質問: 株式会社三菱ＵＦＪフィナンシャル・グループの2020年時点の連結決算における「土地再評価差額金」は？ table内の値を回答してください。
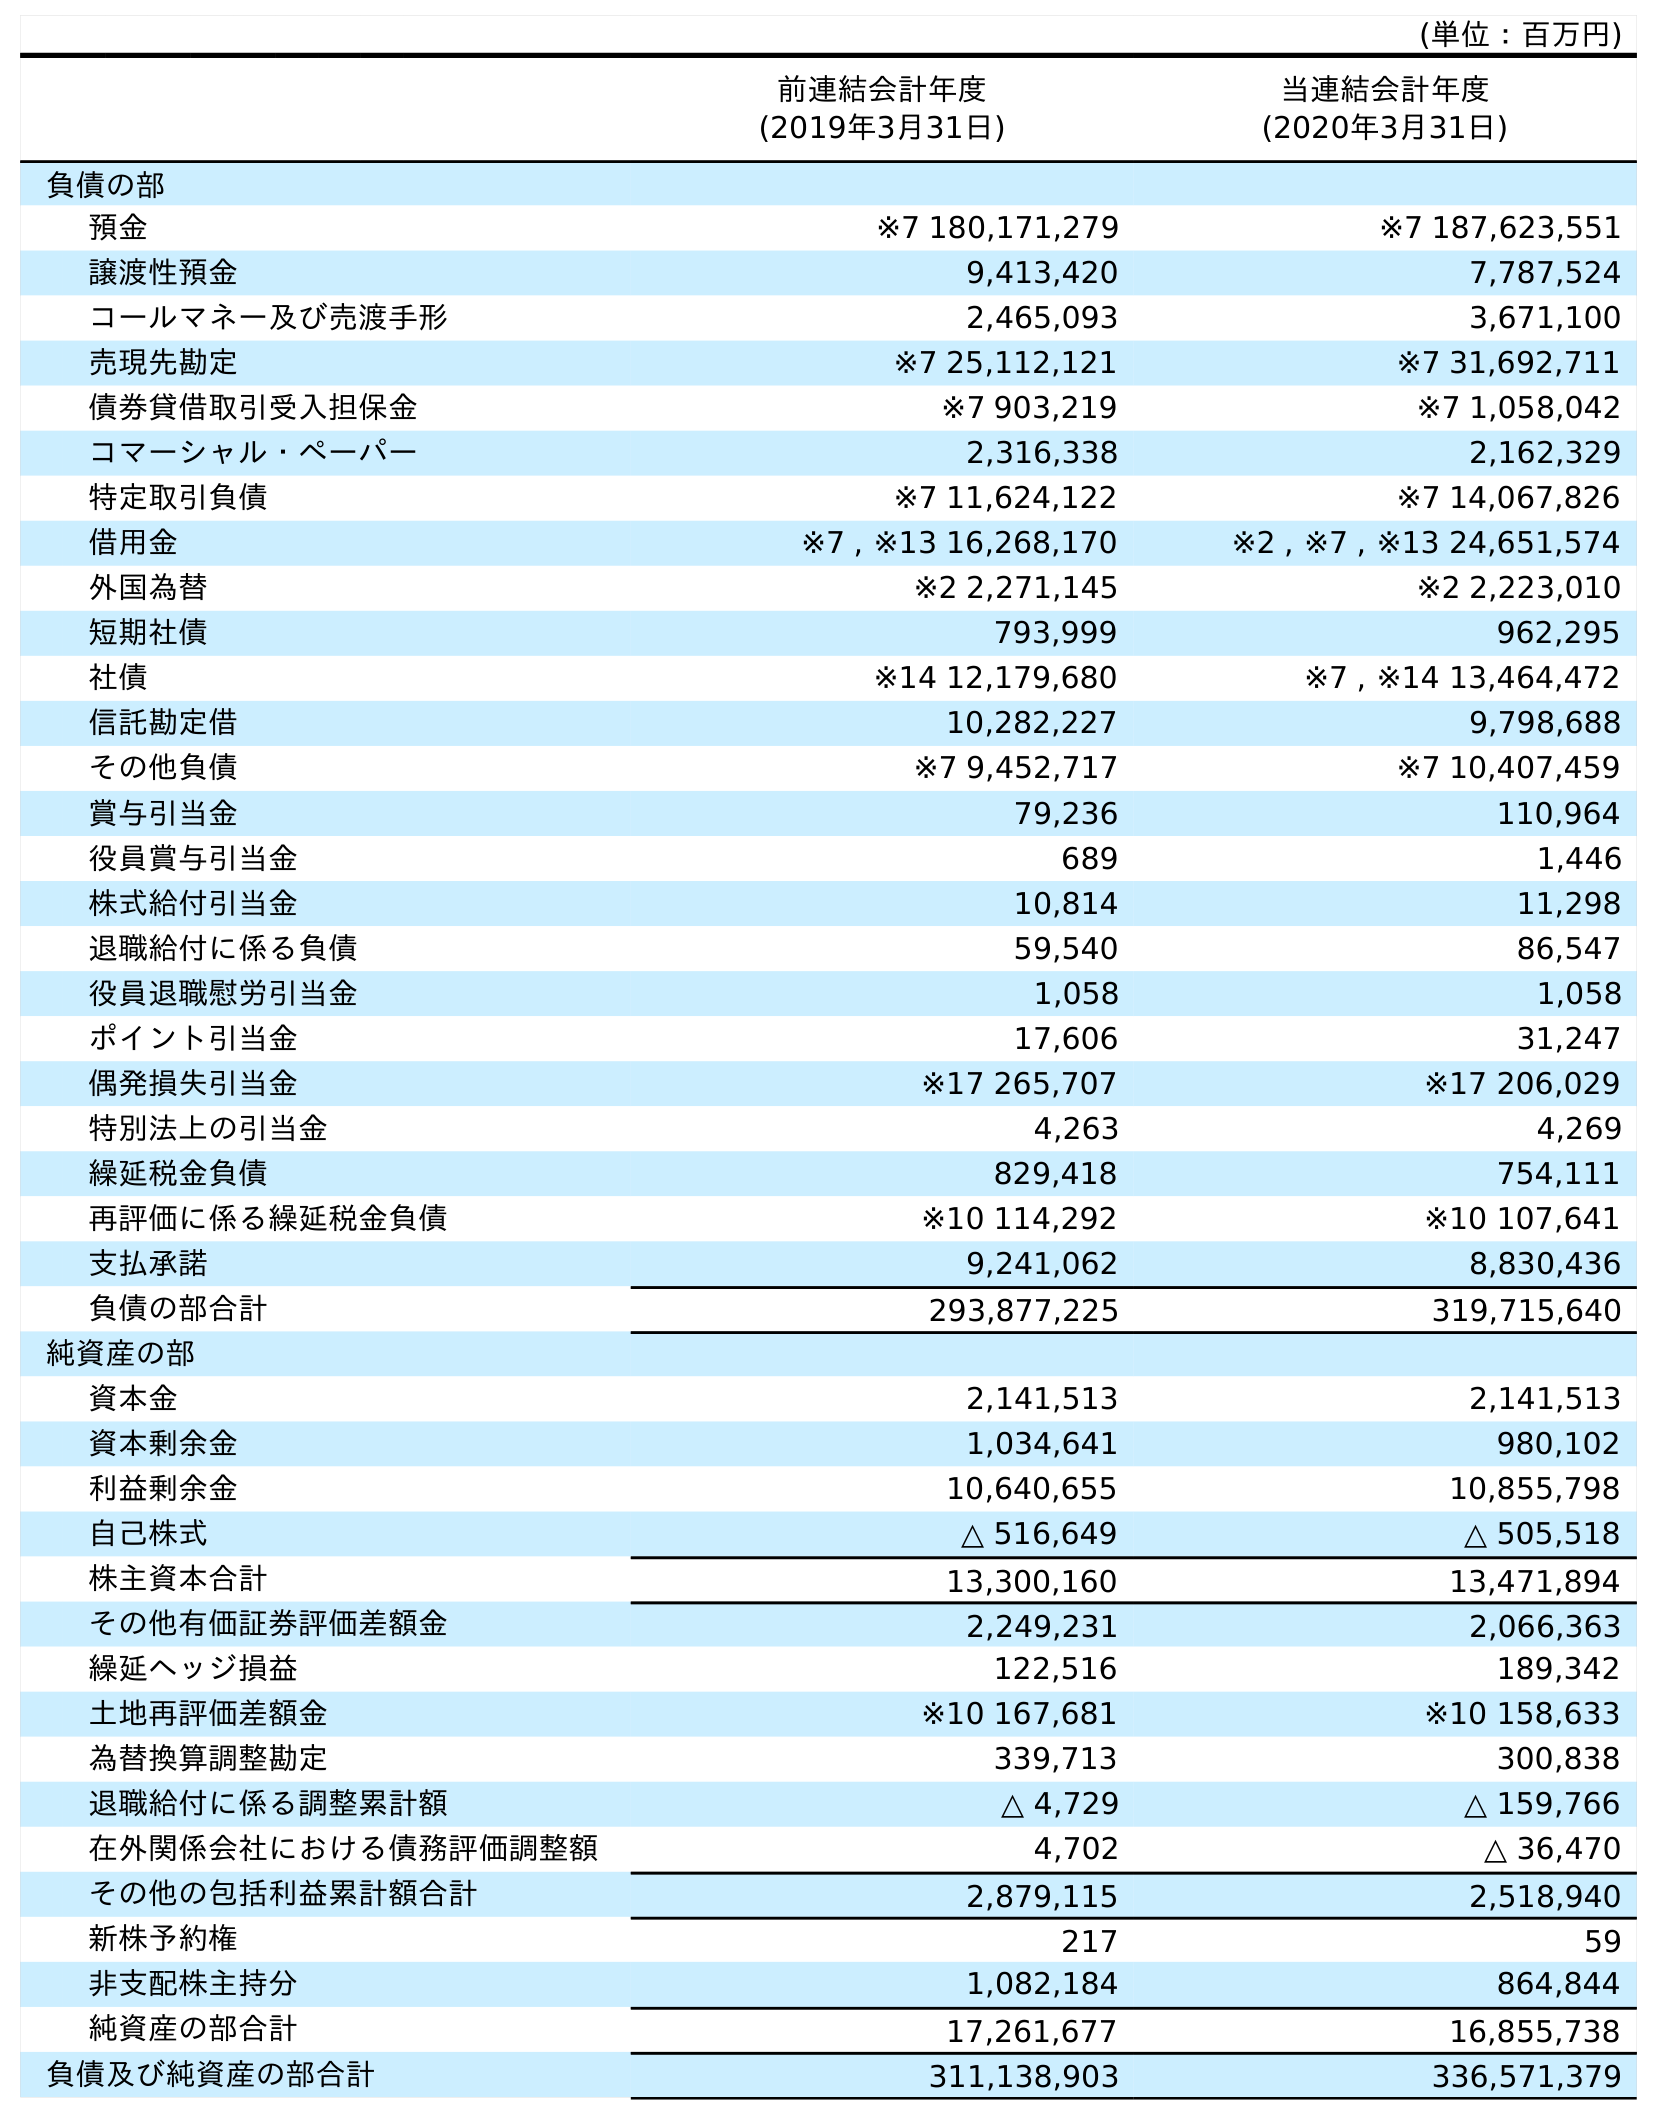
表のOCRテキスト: (単位：百万円) 前連結会計年度 (2019年3月31日) 当連結会計年度 (2020年3月31日) 負債の部 預金 ※7 180,171,279 ※7 187,623,551 譲渡性預金 9,413,420 7,787,524 コールマネー及び売渡手形 2,465,093 3,671,100 売現先勘定 ※7 25,112,121 ※7 31,692,711 債券貸借取引受入担保金 ※7 903,219 ※7 1,058,042 コマーシャル・ペーパー 2,316,338 2,162,329 特定取引負債 ※7 11,624,122 ※7 14,067,826 借用金 ※7 , ※13 16,268,170 ※2 , ※7 , ※13 24,651,574 外国為替 ※2 2,271,145 ※2 2,223,010 短期社債 793,999 962,295 社債 ※14 12,179,680 ※7 , ※14 13,464,472 信託勘定借 10,282,227 9,798,688 その他負債 ※7 9,452,717 ※7 10,407,459 賞与引当金 79,236 110,964 役員賞与引当金 689 1,446 株式給付引当金 10,814 11,298 退職給付に係る負債 59,540 86,547 役員退職慰労引当金 1,058 1,058 ポイント引当金 17,606 31,247 偶発損失引当金 ※17 265,707 ※17 206,029 特別法上の引当金 4,263 4,269 繰延税金負債 829,418 754,111 再評価に係る繰延税金負債 ※10 114,292 ※10 107,641 支払承諾 9,241,062 8,830,436 負債の部合計 293,877,225 319,715,640 純資産の部 資本金 2,141,513 2,141,513 資本剰余金 1,034,641 980,102 利益剰余金 10,640,655 10,855,798 自己株式 △ 516,649 △ 505,518 株主資本合計 13,300,160 13,471,894 その他有価証券評価差額金 2,249,231 2,066,363 繰延ヘッジ損益 122,516 189,342 土地再評価差額金 ※10 167,681 ※10 158,633 為替換算調整勘定 339,713 300,838 退職給付に係る調整累計額 △ 4,729 △ 159,766 在外関係会社における債務評価調整額 4,702 △ 36,470 その他の包括利益累計額合計 2,879,115 2,518,940 新株予約権 217 59 非支配株主持分 1,082,184 864,844 純資産の部合計 17,261,677 16,855,738 負債及び純資産の部合計 311,138,903 336,571,379
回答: ※10158,633